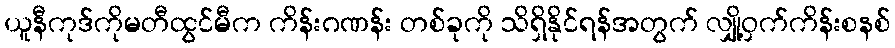
ယူနီကုဒ်ကိုမတီထွင်မီက ကိန်းဂဏန်း တစ်ခုကို သိရှိနိုင်ရန်အတွက် လျှို့ဝှက်ကိန်းစနစ်